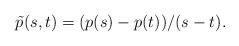
LaTeX: \begin{gather*}\tilde p(s,t)=(p(s)-p(t))/(s-t).\end{gather*}